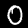
Label: 0